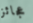
عجائز